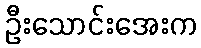
ဦးသောင်းအေးက